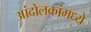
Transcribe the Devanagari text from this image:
आंदोलकांमध्ये